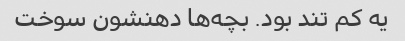
یه کم تند بود. بچه‌ها دهنشون سوخت